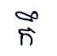
កឹ